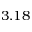
3 . 1 8